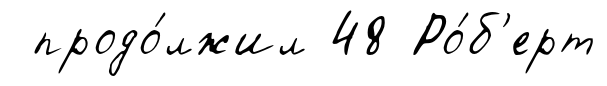
продо́лжил 48 Ро́б'ерт